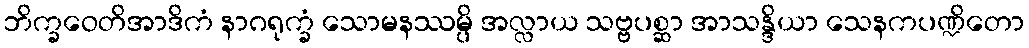
ဘိက္ခဝေတိအာဒိကံ နာဂရုက္ခံ သောမနဿမ္ပိ အလ္လာယ သဗ္ဗပစ္ဆာ အာသန္ဒိယာ သေနကပဏ္ဍိတော